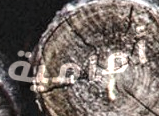
أمامية